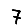
Digit: 7